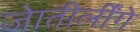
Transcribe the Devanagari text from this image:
जेातीर्लींगे